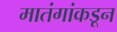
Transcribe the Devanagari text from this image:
मातंगांकडून